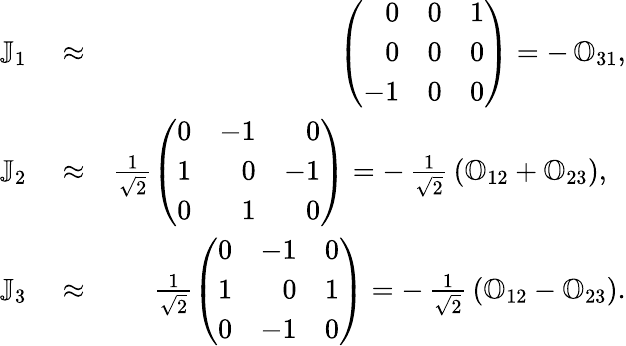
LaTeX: \begin{array}{rlr}{\mathbb J_{1}}&{{}\approx}&{\left(\begin{array}{rrr}{0}&{0}&{1}\\ {0}&{0}&{0}\\ {-1}&{0}&{0}\end{array}\right)=-\, \mathbb O_{31},}\\ {\mathbb J_{2}}&{{}\approx}&{\frac{1}{\sqrt{2}}\left(\begin{array}{rrr}{0}&{-1}&{0}\\ {1}&{0}&{-1}\\ {0}&{1}&{0}\end{array}\right)=-\, \frac{1}{\sqrt{2}}\, (\mathbb O_{12}+\mathbb O_{23}),~~}\\ {\mathbb J_{3}}&{{}\approx}&{\frac{1}{\sqrt{2}}\left(\begin{array}{rrr}{0}&{-1}&{0}\\ {1}&{0}&{1}\\ {0}&{-1}&{0}\end{array}\right)=-\, \frac{1}{\sqrt{2}}\, (\mathbb O_{12}-\mathbb O_{23}).}\end{array}